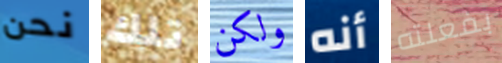
نحن تلك ولكن أنه بفعلته